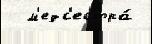
  м'едс'естра́